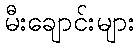
မီးချောင်းများ